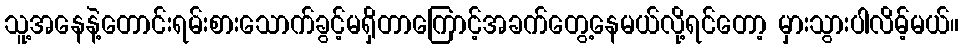
သူ့အနေနဲ့တောင်းရမ်းစားသောက်ခွင့်မရှိတာကြောင့်အခက်တွေ့နေမယ်လို့ရင်တော့ မှားသွားပါလိမ့်မယ်။